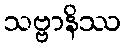
သဗ္ဗာနိဿ